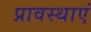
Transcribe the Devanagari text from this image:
प्रावस्थाएं